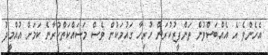
އެހެންވެ އެ އެއްބަސްވުން ތަންފީޒުކުރަން ހުރިހާ ގައުމަކުން ވެސް މަސައްކަތްކުރާނެ ކަމަށް އުއްމީދު